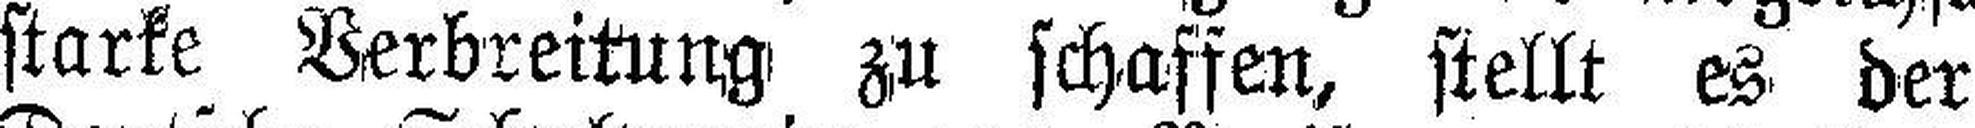
starke Verbreitung zu schaffen, stellt es der